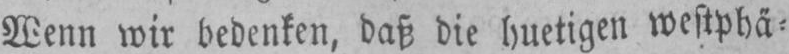
Wenn wir bedenken, daß die huetigen westphä⸗